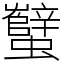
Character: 蠥